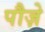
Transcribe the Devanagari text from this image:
पौज़े